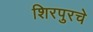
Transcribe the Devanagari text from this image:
शिरपुरचे